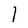
Character: I